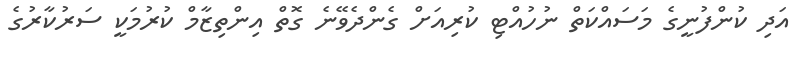
އަދި ކުންފުނީގެ މަސައްކަތް ނުހުއްޓި ކުރިއަށް ގެންދެވޭނެ ގޮތް އިންތިޒާމް ކުރުމަކީ ސަރުކާރުގެ